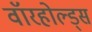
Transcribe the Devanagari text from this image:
वॉरहोल्ड्स